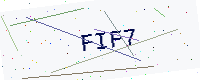
Text: FIF7